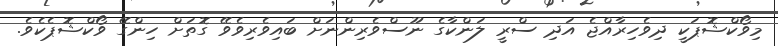
މިވޯކްޝޮޕަކީ ދިވެހިރާއްޖެ އަދި ސްރީ ލަންކާގެ ނޫސްވެރިންނަށް ބައިވެރިވެވޭ ގޮތަށް ހިންގޭ ވޯކްޝޮޕެކެވެ.